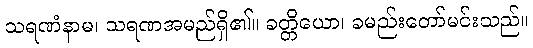
သရဏံနာမ၊ သရဏအမည်ရှိ၏။ ခတ္တိယော၊ ခမည်းတော်မင်းသည်။